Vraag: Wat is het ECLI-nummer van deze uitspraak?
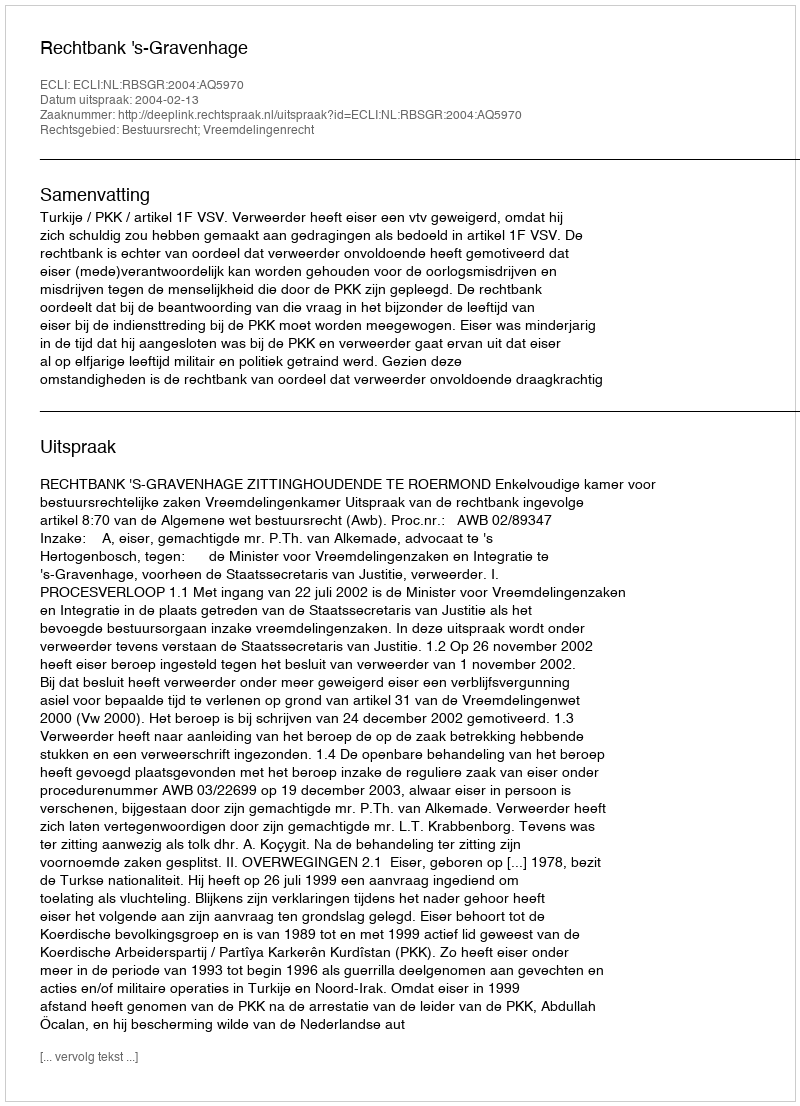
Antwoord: ECLI:NL:RBSGR:2004:AQ5970